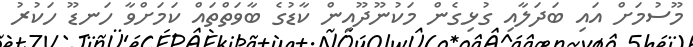
މޫސުމަށް އައި ބަދަލާއި ގުޅިގެން މަކުނޫދޫއިން ކާޑުގެ ބާވަތްތައް ކަމަށްވާ ހަނޑޫ ހަކުރު